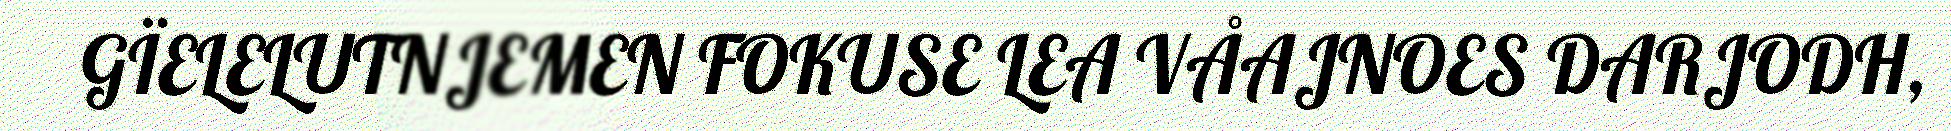
GÏELELUTNJEMEN FOKUSE LEA VÅAJNOES DARJODH,